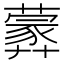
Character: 𦿢